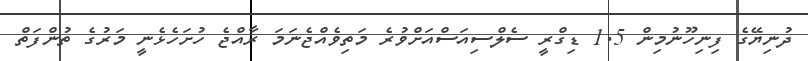
ދުނިޔޭގެ ފިނިހޫނުމިން 1.5 ޑިގްރީ ސެލްސިއަސްއަށްވުރެ މަތިވެއްޖެނަމަ ރާއްޖެ ހުށަހެޅެނީ މަރުގެ ތުންފަތް